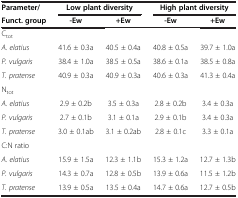
<table><thead><tr><td><b>Parameter/</b></td><td colspan="2"><b>Low plant diversity</b></td><td colspan="2"><b>High plant diversity</b></td></tr><tr><td><b>Funct. group</b></td><td><b>-Ew</b></td><td><b>+Ew</b></td><td><b>-Ew</b></td><td><b>+Ew</b></td></tr></thead><tbody><tr><td>C<sub>tot</sub></td><td> </td><td> </td><td> </td><td> </td></tr><tr><td><i>A. elatius</i></td><td>41.6 ± 0.3a</td><td>40.5 ± 0.4a</td><td>40.8 ± 0.5a</td><td>39.7 ± 1.0a</td></tr><tr><td><i>P. vulgaris</i></td><td>38.4 ± 1.0a</td><td>38.5 ± 0.5a</td><td>38.6 ± 0.1a</td><td>38.5 ± 0.8a</td></tr><tr><td><i>T. pratense</i></td><td>40.9 ± 0.3a</td><td>40.9 ± 0.3a</td><td>40.6 ± 0.3a</td><td>41.3 ± 0.4a</td></tr><tr><td>N<sub>tot</sub></td><td> </td><td> </td><td> </td><td> </td></tr><tr><td><i>A. elatius</i></td><td>2.9 ± 0.2b</td><td>3.5 ± 0.3a</td><td>2.8 ± 0.2b</td><td>3.4 ± 0.3a</td></tr><tr><td><i>P. vulgaris</i></td><td>2.7 ± 0.1b</td><td>3.1 ± 0.1a</td><td>2.9 ± 0.1b</td><td>3.4 ± 0.3a</td></tr><tr><td><i>T. pratense</i></td><td>3.0 ± 0.1ab</td><td>3.1 ± 0.2ab</td><td>2.8 ± 0.1c</td><td>3.3 ± 0.1a</td></tr><tr><td>C:N ratio</td><td> </td><td> </td><td> </td><td> </td></tr><tr><td><i>A. elatius</i></td><td>15.9 ± 1.5a</td><td>12.3 ± 1.1b</td><td>15.3 ± 1.2a</td><td>12.7 ± 1.3b</td></tr><tr><td><i>P. vulgaris</i></td><td>14.3 ± 0.7a</td><td>12.8 ± 0.5b</td><td>13.9 ± 0.6a</td><td>11.5 ± 1.2b</td></tr><tr><td><i>T. pratense</i></td><td>13.9 ± 0.5a</td><td>13.5 ± 0.4a</td><td>14.7 ± 0.6a</td><td>12.7 ± 0.5b</td></tr></tbody></table>